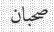
صحبان